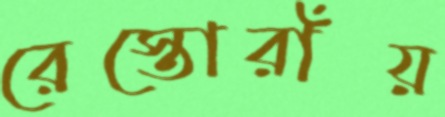
রেস্তোরাঁয়